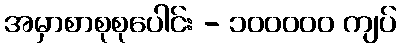
အမှာစာစုစုပေါင်း - ၁၀၀၀၀၀ ကျပ်